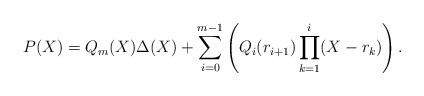
\begin{align*}P(X) = Q_m(X) \Delta(X) + \sum_{i=0}^{m-1}\left(Q_i(r_{i+1})\prod_{k=1}^{i}(X - r_k)\right).\end{align*}